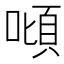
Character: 𠼴